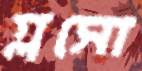
গ্লসো